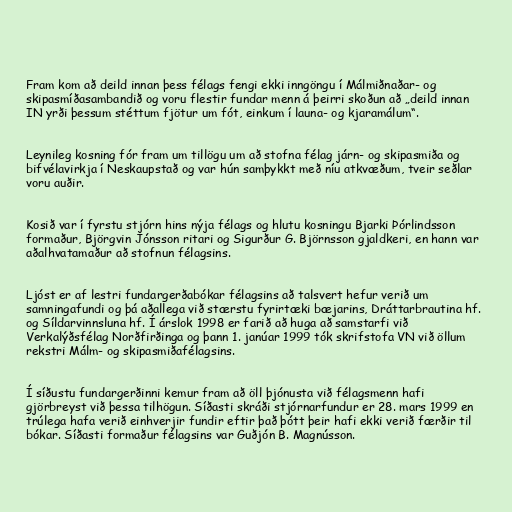
Fram kom að deild innan þess félags fengi ekki inngöngu í Málmiðnaðar- og
skipasmíðasambandið og voru flestir fundar menn á þeirri skoðun að „deild innan
IN yrði þessum stéttum fjötur um fót, einkum í launa- og kjaramálum“.

Leynileg kosning fór fram um tillögu um að stofna félag járn- og skipasmiða og
bifvélavirkja í Neskaupstað og var hún samþykkt með níu atkvæðum, tveir seðlar
voru auðir.

Kosið var í fyrstu stjórn hins nýja félags og hlutu kosningu Bjarki Þórlindsson
formaður, Björgvin Jónsson ritari og Sigurður G. Björnsson gjaldkeri, en hann var
aðalhvatamaður að stofnun félagsins.

Ljóst er af lestri fundargerðabókar félagsins að talsvert hefur verið um
samningafundi og þá aðallega við stærstu fyrirtæki bæjarins, Dráttarbrautina hf.
og Síldarvinnsluna hf. Í árslok 1998 er farið að huga að samstarfi við
Verkalýðsfélag Norðfirðinga og þann 1. janúar 1999 tók skrifstofa VN við öllum
rekstri Málm- og skipasmiðafélagsins.

Í síðustu fundargerðinni kemur fram að öll þjónusta við félagsmenn hafi
gjörbreyst við þessa tilhögun. Síðasti skráði stjórnarfundur er 28. mars 1999 en
trúlega hafa verið einhverjir fundir eftir það þótt þeir hafi ekki verið færðir til
bókar. Síðasti formaður félagsins var Guðjón B. Magnússon.